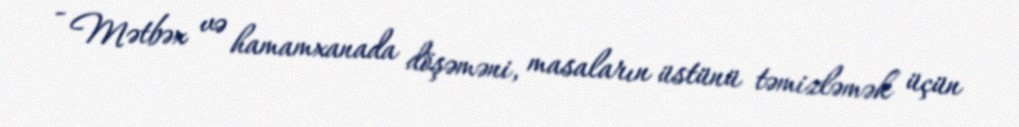
- Mətbəx və hamamxanada döşəməni, masaların üstünü təmizləmək üçün